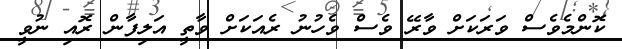
ކޮންމެވެސް ވަރަަކަށް ވާރޭ ވެސް ވެހުނު ރެއަކަށް ވާތީ އަލިފާން ރޮއި ނުވީ